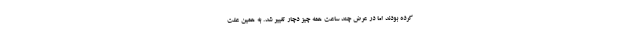
کرده بودند اما در عرض چند ساعت همه چیز دچار تغییر شد. به همین علت